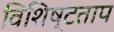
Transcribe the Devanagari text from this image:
विशिष्टताप